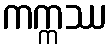
ကက္ကဿ